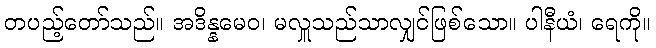
တပည့်တော်သည်။ အဒိန္နမေဝ၊ မလှူသည်သာလျှင်ဖြစ်သော။ ပါနီယံ၊ ရေကို။